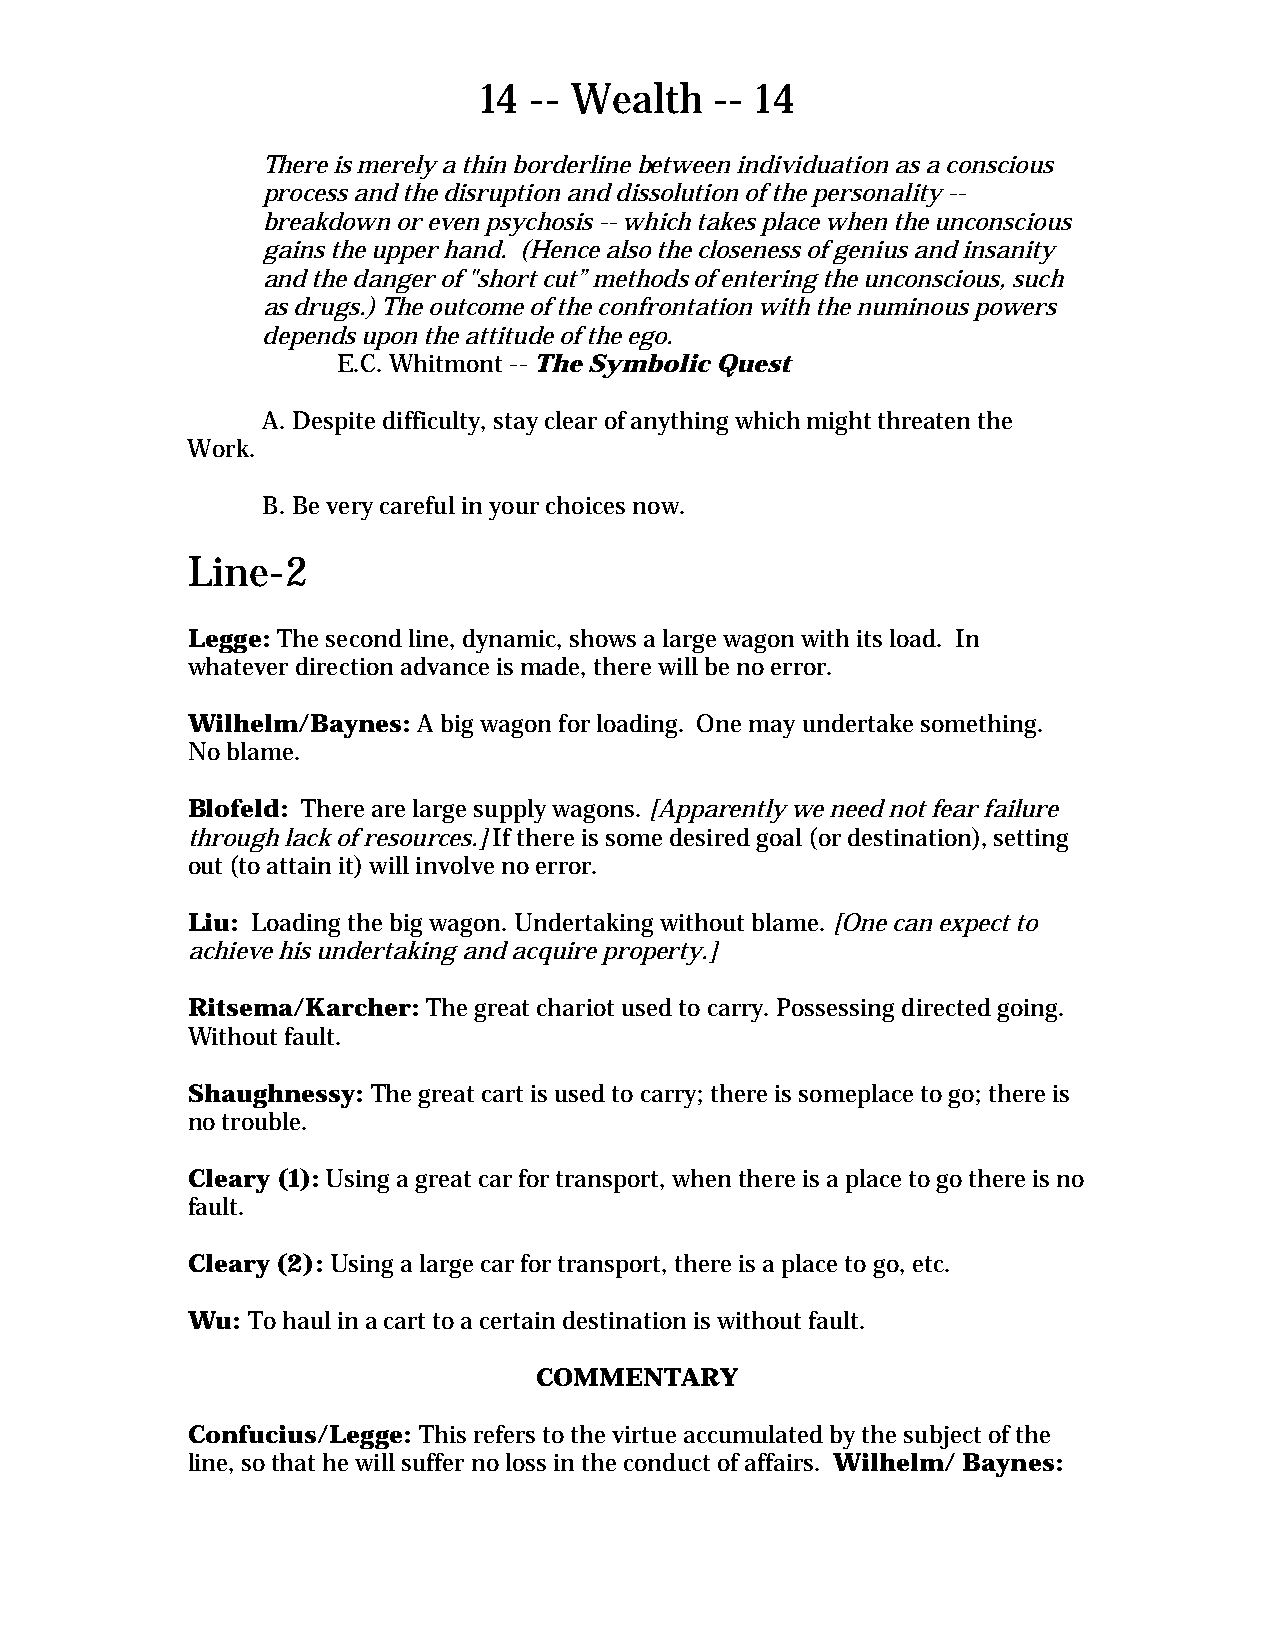
14 -- Wealth   -- 14
 There is merely a thin borderline between individuation as a conscious
 process and the disruption and dissolution of the personality --
 breakdown or even psychosis -- which takes place when the unconscious
 gains the upper hand. (Hence also the closeness of genius and insanity
 and the danger of "short cut” methods of entering the unconscious, such
 as drugs.) The outcome of the confrontation with the numinous powers
 depends upon the attitude of the ego.
 E.C. Whitmont -- The Symbolic Quest
 A. Despite difficulty, stay clear of anything which might threaten the
 Work.
 B. Be very careful in your choices now.
 Line-2
 Legge: The second line, dynamic, shows a large wagon with its load. In
 whatever direction advance is made, there will be no error.
 Wilhelm/Baynes: A big wagon for loading. One may undertake something.
 No blame.
 Blofeld: There are large supply wagons. [Apparently we need not fear failure
 through lack of resources.] If there is some desired goal (or destination), setting
 out (to attain it) will involve no error.
 Liu: Loading the big wagon. Undertaking without blame. [One can expect to
 achieve his undertaking and acquire property.]
 Ritsema/Karcher: The great chariot used to carry. Possessing directed going.
 Without fault.
 Shaughnessy: The great cart is used to carry; there is someplace to go; there is
 no trouble.
 Cleary (1): Using a great car for transport, when there is a place to go there is no
 fault.
 Cleary (2): Using a large car for transport, there is a place to go, etc.
 Wu: To haul in a cart to a certain destination is without fault.
 COMMENTARY
 Confucius/Legge: This refers to the virtue accumulated by the subject of the
 line, so that he will suffer no loss in the conduct of affairs. Wilhelm/ Baynes: